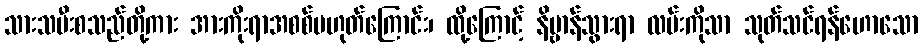
သားသမီးစသည်တို့ကား အားကိုးရာအစစ်မဟုတ်ကြောင်း၊ ထို့ကြောင့် နိဗ္ဗာန်သွားရာ လမ်းကိုသာ သုတ်သင်ရန်ဟောသော